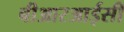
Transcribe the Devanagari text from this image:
बीआरआईसी